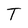
Character: T